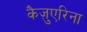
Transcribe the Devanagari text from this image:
कैज़ुएरिना